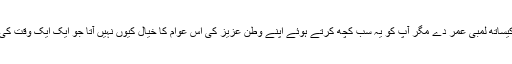
محترم وزیرِاعظم صاحب اللہ آپ کو ایمان اور صحت کیساتھ لمبی عمر دے مگر آپ کو یہ سب کچھ کرتے ہوئے اپنے وطن عزیز کی اس عوام کا خیال کیوں نہیں آتا جو ایک ایک وقت کی روٹی کیلئے سڑکوں پر بھیک مانگنے پر مجبور ہے۔